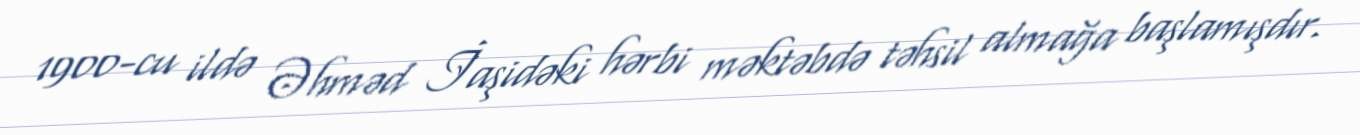
1900-cu ildə Əhməd İaşidəki hərbi məktəbdə təhsil almağa başlamışdır.